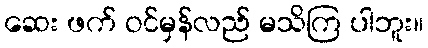
ဆေး ဖက် ဝင်မှန်လည် မသိကြ ပါဘူး။